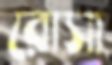
রোসা